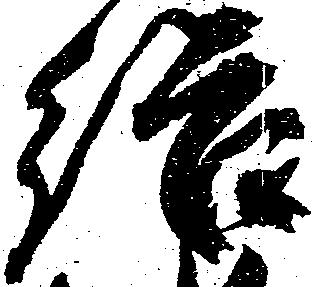
給